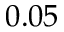
0 . 0 5